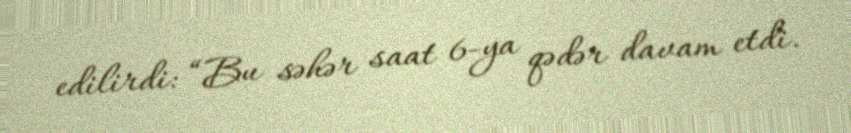
edilirdi: “Bu səhər saat 6-ya qədər davam etdi.